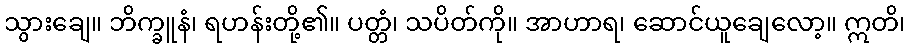
သွားချေ။ ဘိက္ခူနံ၊ ရဟန်းတို့၏။ ပတ္တံ၊ သပိတ်ကို။ အာဟာရ၊ ဆောင်ယူချေလော့။ ဣတိ၊